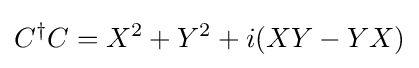
C^{\dagger }C=X^{2}+Y^{2}+i(XY-YX)